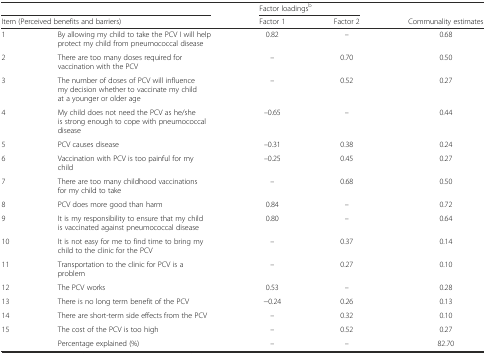
<table><thead><tr><td colspan="2"></td><td colspan="2"><b>Factor loadings<sup>b</sup></b></td><td></td></tr><tr><td colspan="2"><b>Item (Perceived benefits and barriers)</b></td><td><b>Factor 1</b></td><td><b>Factor 2</b></td><td><b>Communality estimates</b></td></tr></thead><tbody><tr><td>1</td><td>By allowing my child to take the PCV I will help protect my child from pneumococcal disease</td><td>0.82</td><td>–</td><td>0.68</td></tr><tr><td>2</td><td>There are too many doses required for vaccination with the PCV</td><td>–</td><td>0.70</td><td>0.50</td></tr><tr><td>3</td><td>The number of doses of PCV will influence my decision whether to vaccinate my child at a younger or older age</td><td>–</td><td>0.52</td><td>0.27</td></tr><tr><td>4</td><td>My child does not need the PCV as he/she is strong enough to cope with pneumococcal disease</td><td>–0.65</td><td>–</td><td>0.44</td></tr><tr><td>5</td><td>PCV causes disease</td><td>–0.31</td><td>0.38</td><td>0.24</td></tr><tr><td>6</td><td>Vaccination with PCV is too painful for my child</td><td>–0.25</td><td>0.45</td><td>0.27</td></tr><tr><td>7</td><td>There are too many childhood vaccinations for my child to take</td><td>–</td><td>0.68</td><td>0.50</td></tr><tr><td>8</td><td>PCV does more good than harm</td><td>0.84</td><td>–</td><td>0.72</td></tr><tr><td>9</td><td>It is my responsibility to ensure that my child is vaccinated against pneumococcal disease</td><td>0.80</td><td>–</td><td>0.64</td></tr><tr><td>10</td><td>It is not easy for me to find time to bring my child to the clinic for the PCV</td><td>–</td><td>0.37</td><td>0.14</td></tr><tr><td>11</td><td>Transportation to the clinic for PCV is a problem</td><td>–</td><td>0.27</td><td>0.10</td></tr><tr><td>12</td><td>The PCV works</td><td>0.53</td><td>–</td><td>0.28</td></tr><tr><td>13</td><td>There is no long term benefit of the PCV</td><td>−0.24</td><td>0.26</td><td>0.13</td></tr><tr><td>14</td><td>There are short-term side effects from the PCV</td><td>–</td><td>0.32</td><td>0.10</td></tr><tr><td>15</td><td>The cost of the PCV is too high</td><td>–</td><td>0.52</td><td>0.27</td></tr><tr><td></td><td>Percentage explained (%)</td><td>–</td><td>–</td><td>82.70</td></tr></tbody></table>